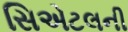
સિએટલની